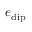
e _ { \mathrm { d i p } }